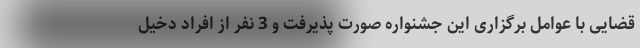
قضایی با عوامل برگزاری این جشنواره صورت پذیرفت و 3 نفر از افراد دخیل